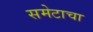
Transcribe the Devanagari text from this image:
समेटाचा